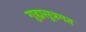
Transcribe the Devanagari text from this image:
गृह्यसूत्रगत